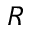
R